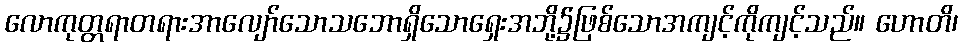
လောကုတ္တရာတရားအာလျော်သောသဘောရှိသောရှေးအဘို့၌ဖြစ်သောအကျင့်ကိုကျင့်သည်။ ဟောတိ၊